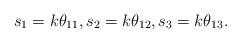
LaTeX: \begin{align*} s_1 = k \theta_{11}, s_2 = k \theta_{12}, s_3 = k \theta_{13}.\end{align*}